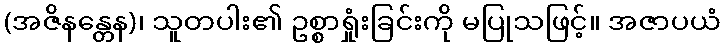
(အဇိနန္တေန)၊ သူတပါး၏ ဥစ္စာရှုံးခြင်းကို မပြုသဖြင့်။ အဇာပယံ